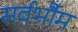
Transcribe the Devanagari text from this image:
सर्वर्भौम